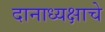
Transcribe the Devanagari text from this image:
दानाध्यक्षाचे